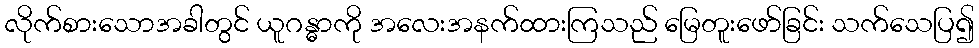
လိုက်စားသောအခါတွင် ယူဂန္ဓာကို အလေးအနက်ထားကြသည် မြေတူးဖော်ခြင်း သက်သေပြ၍